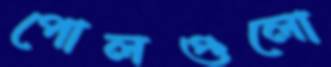
পোলগুলো